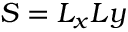
S = L _ { x } L y